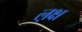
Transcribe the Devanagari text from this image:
ल़क्ष